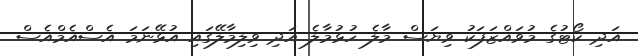
އަދި ކޯޓުގެ މުވައްޒަފަކު ވިޔަސް މާލެ ހުޅުމާލެ އަދި ވިލިމާލޭގައި އުޅޭނަމަ އެސްއެމްއެސް